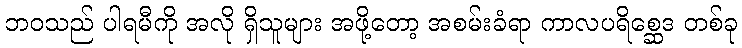
ဘဝသည် ပါရမီကို အလို ရှိသူများ အဖို့တော့ အစမ်းခံရာ ကာလပရိစ္ဆေဒ တစ်ခု